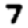
Digit: 7